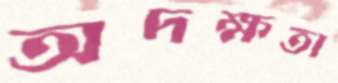
অদক্ষতা